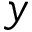
y